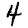
Digit: 4